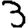
Digit: 3